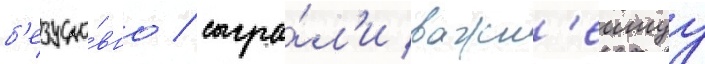
б'езусло́вно / сыгра́л'и важн'еишуу